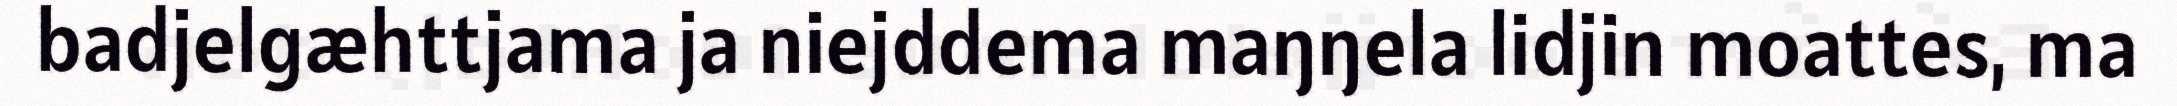
badjelgæhttjama ja niejddema maŋŋela lidjin moattes, ma